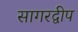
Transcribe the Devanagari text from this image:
सागरद्वीप